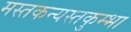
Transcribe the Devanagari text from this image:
मस्तकन्यस्तकुम्भा